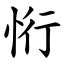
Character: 㤚